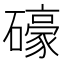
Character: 𱴽